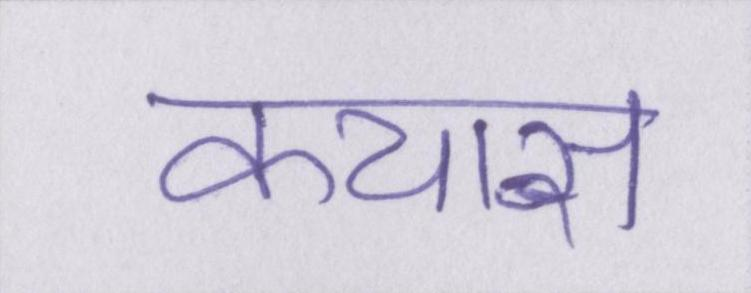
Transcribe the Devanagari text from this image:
कयास